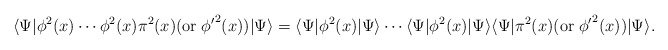
\begin{align*}\langle \Psi | \phi^{2} (x) \cdots \phi^{2} (x) \pi^{2} (x) ( {\rm or}\;{\phi^{\prime}}^{2} (x))| \Psi \rangle =\langle \Psi | \phi^{2} (x)| \Psi \rangle \cdots \langle \Psi | \phi^{2} (x) | \Psi \rangle \langle \Psi |\pi^{2} (x) ( {\rm or}\; { \phi^{\prime}}^{2} (x) )| \Psi\rangle.\end{align*}